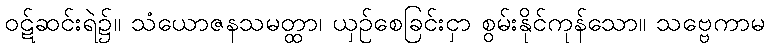
ဝဋ်ဆင်းရဲ၌။ သံယောဇနသမတ္ထာ၊ ယှဉ်စေခြင်းငှာ စွမ်းနိုင်ကုန်သော။ သဗ္ဗေကာမ